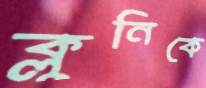
ক্লুনিকে